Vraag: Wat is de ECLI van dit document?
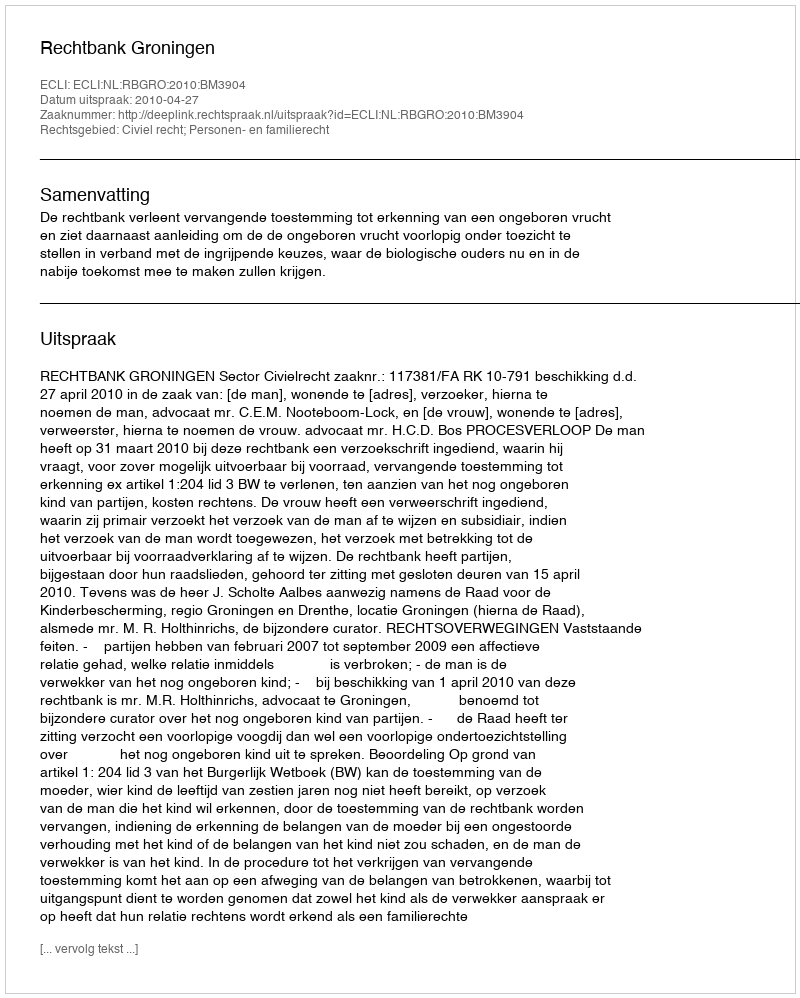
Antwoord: ECLI:NL:RBGRO:2010:BM3904